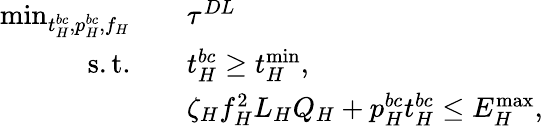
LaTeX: \begin{array}{rl}{\operatorname*{min}_{t_{H}^{bc},p_{H}^{bc},f_{H}}\quad}&{\tau^{DL}}\\ {\mathrm{s.t.}\quad}&{t_{H}^{bc}\geq t_{H}^{\operatorname*{min}},}\\ &{\zeta_{H}f_{H}^{2}L_{H}Q_{H}+p_{H}^{bc}t_{H}^{bc}\leq{{E}}_{H}^{\operatorname*{max}},}\end{array}